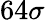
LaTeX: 64\sigma